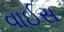
વાઈસ